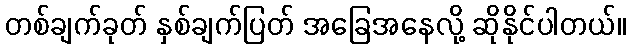
တစ်ချက်ခုတ် နှစ်ချက်ပြတ် အခြေအနေလို့ ဆိုနိုင်ပါတယ်။